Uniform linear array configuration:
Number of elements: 16
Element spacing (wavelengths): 1
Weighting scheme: kaiser
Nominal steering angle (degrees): -30
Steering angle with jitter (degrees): -28.618
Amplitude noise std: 0.05
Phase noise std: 0.05

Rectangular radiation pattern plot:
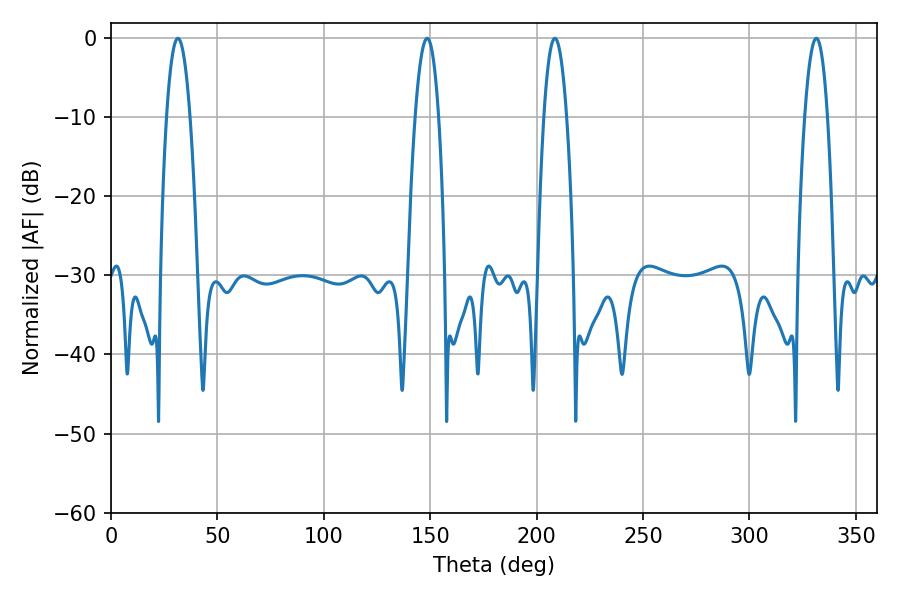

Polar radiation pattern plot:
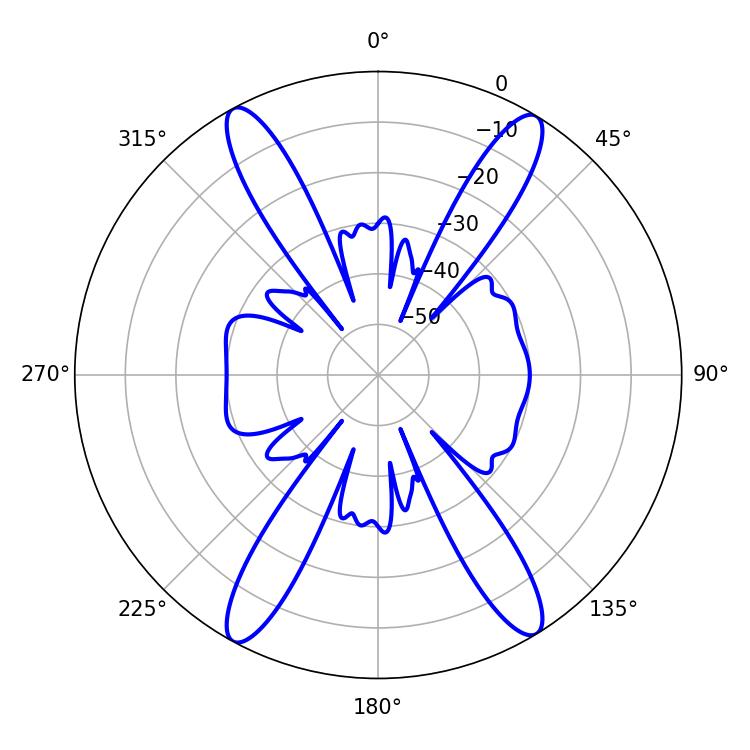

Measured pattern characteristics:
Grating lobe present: TRUE
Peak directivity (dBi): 21.832
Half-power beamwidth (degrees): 5.76
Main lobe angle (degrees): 208.62